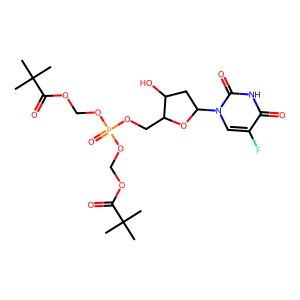
SMILES: CC(C)(C)C(=O)OCOP(=O)(OCOC(=O)C(C)(C)C)OCC1OC(n2cc(F)c(=O)[nH]c2=O)CC1O
Inhibits HIV replication: No